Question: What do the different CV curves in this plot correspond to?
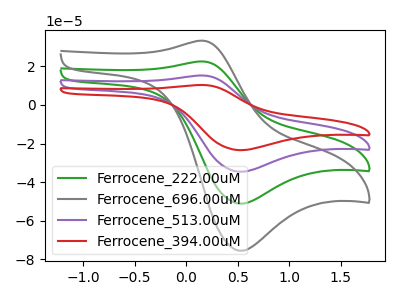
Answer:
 <answer>The green curve is labeled "Ferrocene_222.00uM". The gray curve is labeled "Ferrocene_696.00uM". The purple curve is labeled "Ferrocene_513.00uM". The red curve is labeled "Ferrocene_394.00uM".</answer>
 <eval></eval>